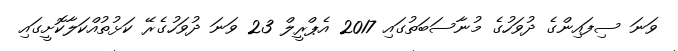
ވަނަ ސިފައިންގެ ދުވަހުގެ މުނާސަބަތުގައި 2017 އެޕްރީލް 23 ވަނަ ދުވަހުގެރޭ ކަޅުތުއްކަލާކޮށީގައި